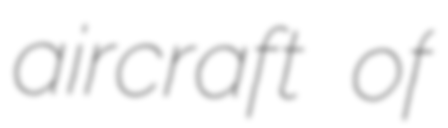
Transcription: aircraft of